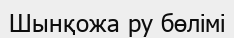
Шынқожа ру бөлімі